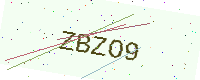
Text: ZBZO9